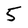
Character: 5